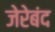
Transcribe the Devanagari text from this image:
जेरेबंद